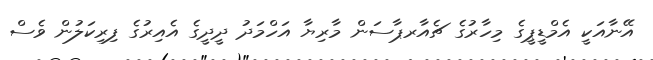
އޭނާއަކީ އެމްޑީޕީގެ މިހާރުގެ ޗެއާރޕާސަން މާރިޔާ އަހްމަދު ދީދީގެ އެއިރުގެ ފިރިކަލުން ވެސް